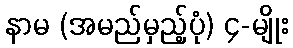
နာမ (အမည်မှည့်ပုံ) ၄-မျိုး